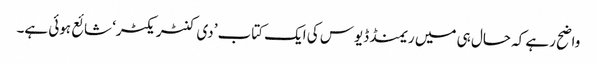
واضح رہے کہ حال ہی میں ریمنڈ ڈیوس کی ایک کتاب ’دی کنٹریکٹر‘ شائع ہوئی ہے۔